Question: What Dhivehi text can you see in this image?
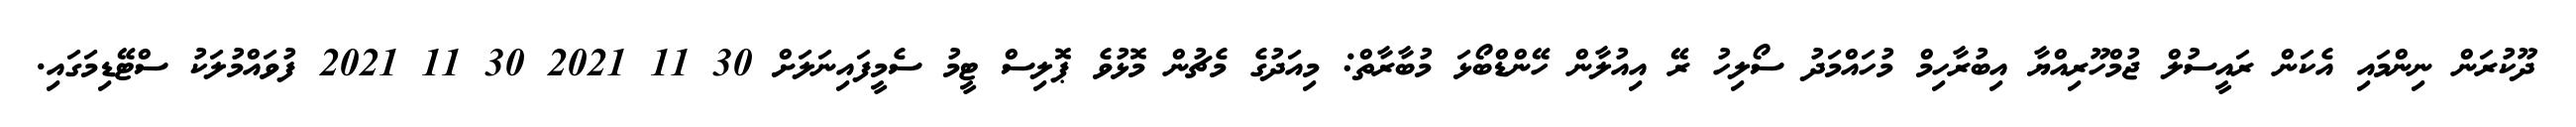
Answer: ދޫކުރަން ނިންމައި އެކަން ރައީސުލް ޖުމްހޫރިއްޔާ އިބުރާހިމް މުހައްމަދު ސޯލިހު ރޭ އިއުލާން ހޭންޑްބޯޅަ މުބާރާތް: މިއަދުގެ މެޗުން މޮޅުވެ ޕޮލިސް ޓީމު ސެމީފައިނަލަށް 30 11 2021 30 11 2021 ފުވައްމުލަކު ސްޓޭޑިމަގައި.